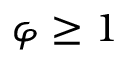
\varphi \geq 1